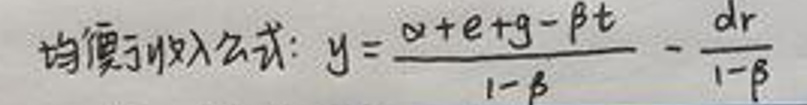
均衡收入公式: $y = \frac{\alpha + e + g - \beta t}{1 - \beta} - \frac{dr}{1 - \beta}$